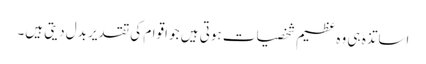
اساتذہ ہی وہ عظیم شخصیات ہوتی ہیں جو اقوام کی تقدیر بدل دیتی ہیں۔